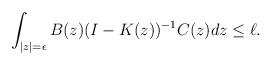
LaTeX: \begin{align*} \int_{|z|=\epsilon } B(z) (I-K(z))^{-1} C(z) dz \leq \ell . \end{align*}